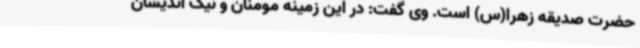
حضرت صدیقه زهرا(س) است. وی گفت: در این زمینه مومنان و نیک اندیشان